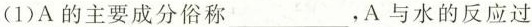
(1)A的主要成分俗称___，A与水的反应过